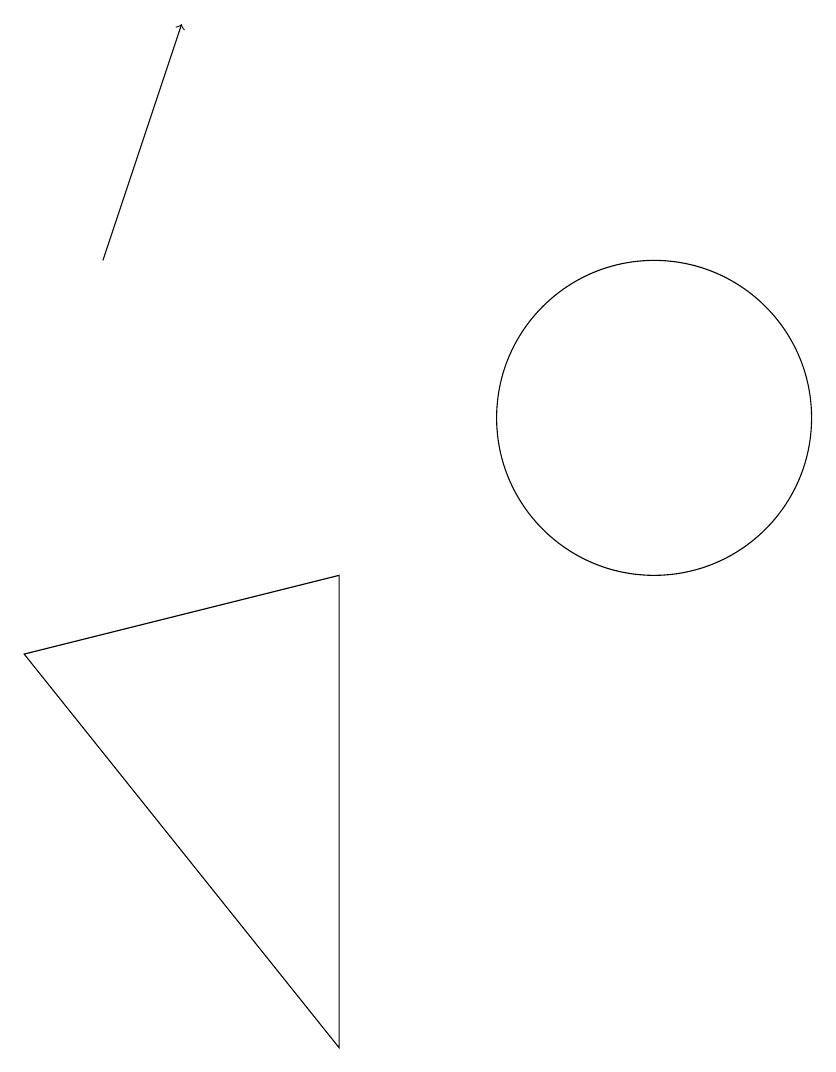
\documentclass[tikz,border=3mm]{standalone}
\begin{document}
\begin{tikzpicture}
\draw (7,9) -- (7,3) -- (3,8) -- cycle;
\draw (11,11) circle (2);
\draw[->] (4,13) -- (5,16);
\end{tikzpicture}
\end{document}